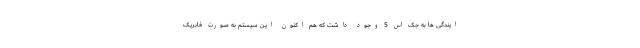
ایندگی ها به جک اس 5 وجود داشت که هم اکنون این سیستم به صورت فابریک